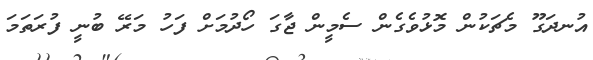
އުނދަގޫ މެޗަކުން މޮޅުވެގެން ސެމީން ޖާގަ ހޯދުމަށް ފަހު މަރޭ ބުނީ ފުރަތަމަ